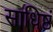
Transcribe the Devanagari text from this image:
साधिष्ठं